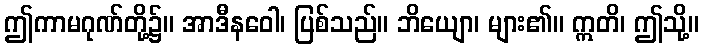
ဤကာမဂုဏ်တို့၌။ အာဒီနဝေါ၊ ပြစ်သည်။ ဘိယျော၊ များ၏။ ဣတိ၊ ဤသို့။